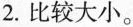
2.比较大小。